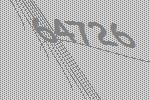
64726